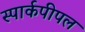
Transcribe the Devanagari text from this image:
स्पार्कपीपल